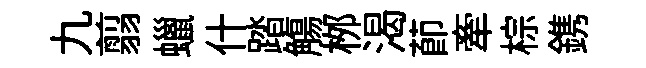
九翦蠟什踏觴桞渴莭牽棕鎸